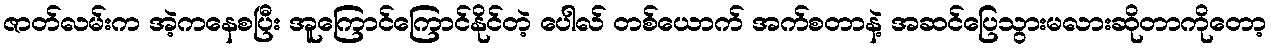
ဇာတ်လမ်းက အဲ့ကနေစပြီး အူကြောင်ကြောင်နိုင်တဲ့ ပေါလ် တစ်ယောက် အက်စတာနဲ့ အဆင်ပြေသွားမလားဆိုတာကိုတော့